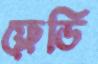
ফ্রেডি